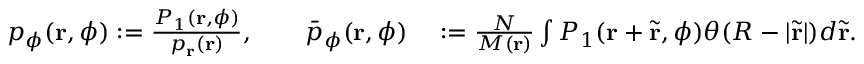
\begin{array} { r l } { p _ { \phi } ( \mathbf { r } , \phi ) : = \frac { P _ { 1 } ( \mathbf { r } , \phi ) } { p _ { \mathbf { r } } ( \mathbf { r } ) } , \qquad \bar { p } _ { \phi } ( \mathbf { r } , \phi ) } & { { } : = \frac { N } { M ( \mathbf { r } ) } \int P _ { 1 } ( \mathbf { r } + \tilde { \mathbf { r } } , \phi ) \theta ( R - | \tilde { \mathbf { r } } | ) d \tilde { \mathbf { r } } . } \end{array}